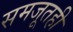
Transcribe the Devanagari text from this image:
समजूतही